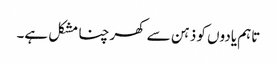
تاہم یادوں کو ذہن سے کھرچنا مشکل ہے۔